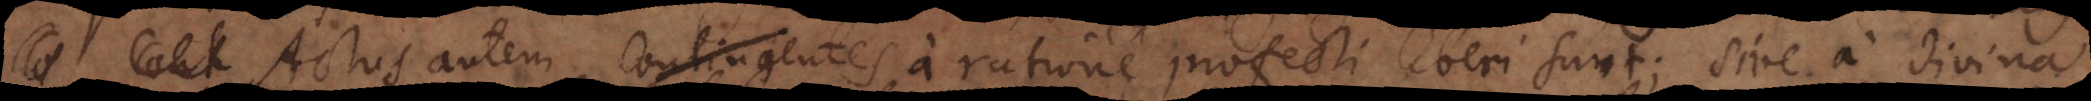
Cont Actus autem contingentes a ratione profecti liberi sunt; sive a divina